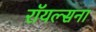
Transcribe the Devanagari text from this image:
रॉयल्सना